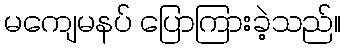
မကျေမနပ် ပြောကြားခဲ့သည်။